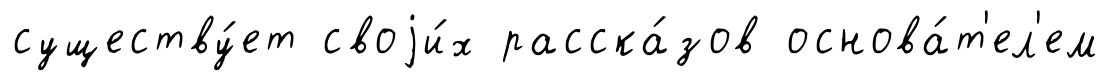
существу́ет своjи́х расска́зов основа́т'ел'ем